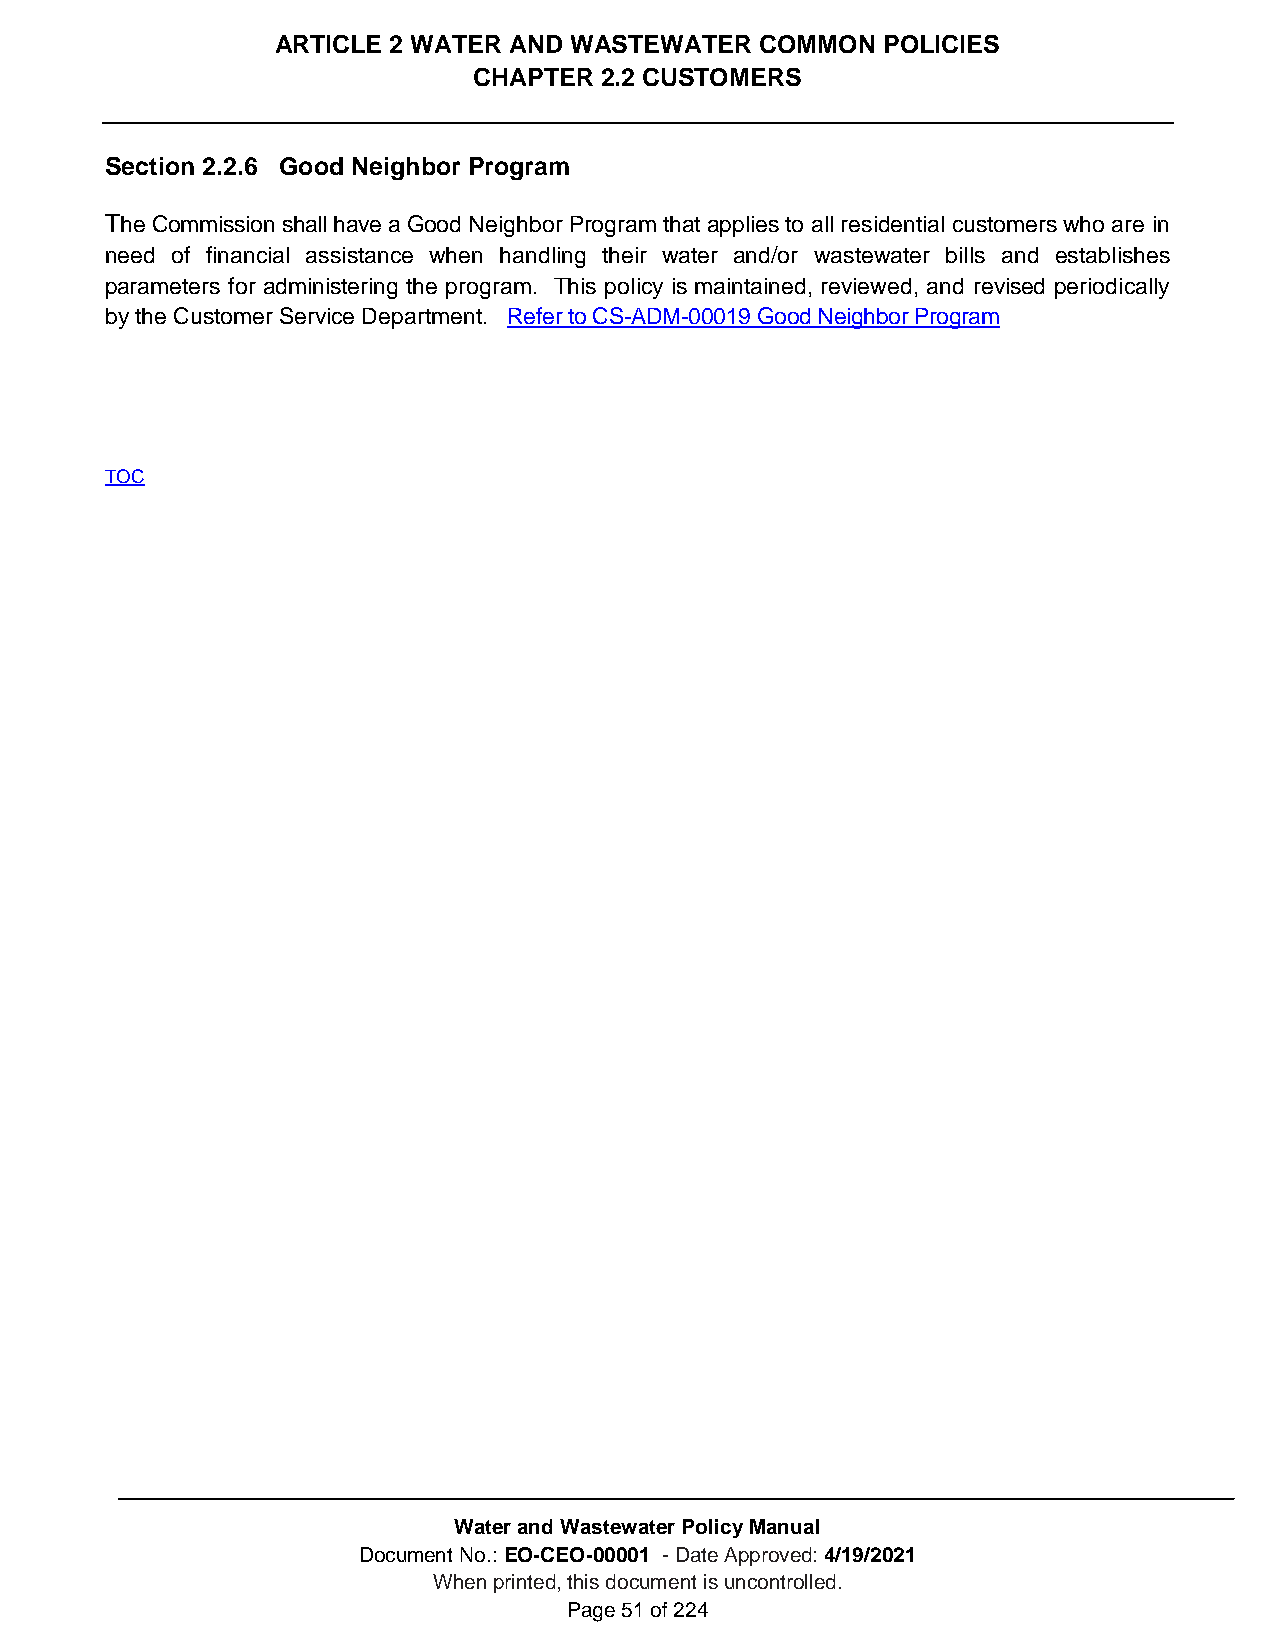
ARTICLE 2 WATER AND WASTEWATER  COMMON  POLICIES
 CHAPTER  2.2 CUSTOMERS
 Section 2.2.6 Good Neighbor Program
 The Commission shall have a Good Neighbor Program that applies to all residential customers who are in
 need of financial assistance when handling their water and/or wastewater bills and establishes
 parameters for administering the program. This policy is maintained, reviewed, and revised periodically
 by the Customer Service Department. Refer to CS-ADM-00019 Good Neighbor Program
 TOC
 Water and Wastewater Policy Manual
 Document No.: EO-CEO-00001 - Date Approved: 4/19/2021
 When printed, this document is uncontrolled.
 Page 51 of 224